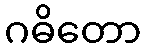
ဂဓိတော